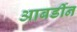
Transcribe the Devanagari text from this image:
आबर्डीन